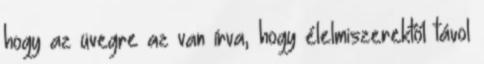
hogy az üvegre az van írva, hogy élelmiszerektől távol